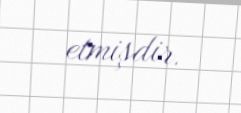
etmişdir.